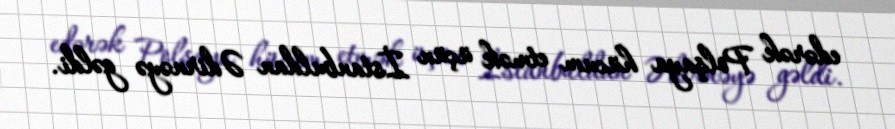
edərək Polşaya hücum etmək üçün İstanbuldan Ədirnəyə gəldi.